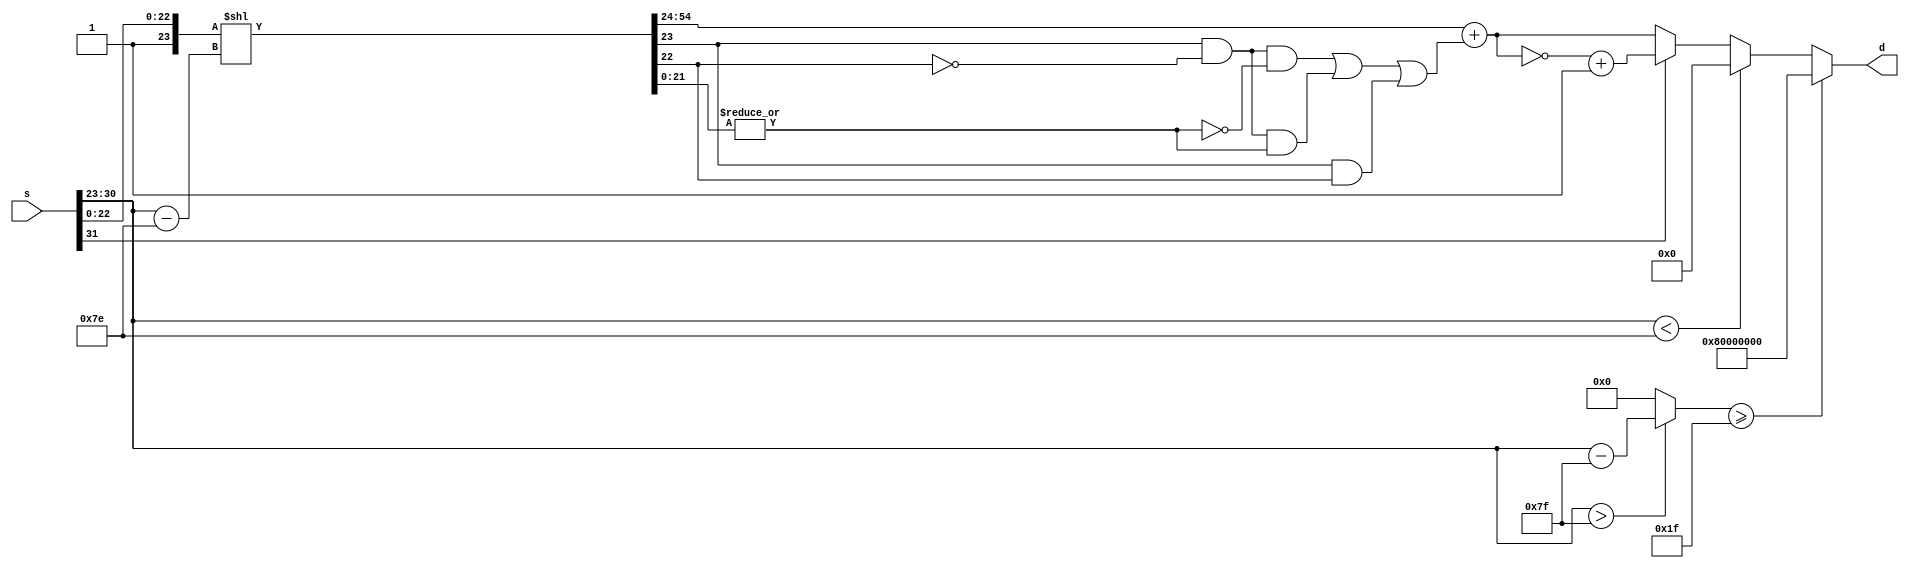
module ftoi(
  input wire [31:0] s,
  output wire [31:0] d
);

wire sign_s;
wire [7:0] exponent_s, exponent_s_minus127;
wire [22:0] mantissa_s;
wire [23:0] one_mantissa_s;

assign sign_s = s[31:31];
assign exponent_s = s[30:23];
assign exponent_s_minus127 = (exponent_s > 8'd127 ? exponent_s - 8'd127 : 8'd0);
assign mantissa_s = s[22:0];

// NOTE: mantissa_ex -> 32bit
// NOTE: mantissa_shift -> shift
// NOTE: mantissa_round -> 
// NOTE: ()
wire [54:0] mantissa_ex, mantissa_shift;
wire [31:0] mantissa_round, tmp4;
assign mantissa_ex = {32'b1, mantissa_s};
assign mantissa_shift = (mantissa_ex << (exponent_s - 8'd126));

// NOTE: 
wire ulp, guard, round, sticky, flag, carry;
assign ulp = mantissa_shift[24:24];
assign guard = mantissa_shift[23:23];
assign round = mantissa_shift[22:22];
assign sticky = |(mantissa_shift[21:0]);
assign flag =
    // (ulp && guard && (~round) && (~sticky)) ||
    (guard && (~round) && (~sticky)) ||
    (guard && (~round) && sticky) ||
    (guard && round);
// assign carry = &(mantissa_shift[54:24]) && flag;

assign mantissa_round = {1'b0, mantissa_shift[54:24]} + {31'b0, flag};

// NOTE:
// 31bitshift
// -20.1)0
// -1(1)-1

wire d_is_inf, d_is_zero;
assign d_is_inf = (exponent_s_minus127 >= 8'd31);
assign d_is_zero = (exponent_s < 8'd126);

assign d =
    d_is_inf ? {1'b1, 31'b0} :
    d_is_zero ? 32'd0 :
    sign_s ? ~mantissa_round + 32'b1 : mantissa_round;

endmodule